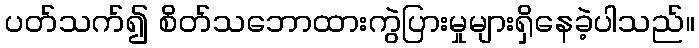
ပတ်သက်၍ စိတ်သဘောထားကွဲပြားမှုများရှိနေခဲ့ပါသည်။